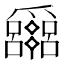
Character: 𤕈